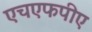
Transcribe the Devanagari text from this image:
एचएफपीए